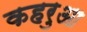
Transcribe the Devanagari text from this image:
कहरुआ